Indian journal of veterinary science and animal husbandry - Volumes 18-21, 1948-1951
Year: 1948
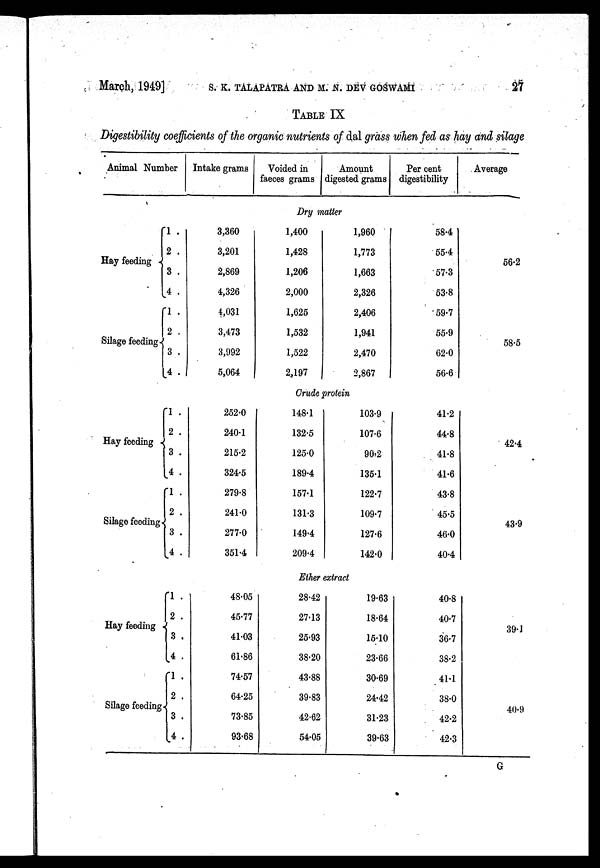
March, 1949] S. K. TALAEATRA AND M. N. DEV GOSWAMI 27
TABLE IX
Digestibility coefficients of the organic nutrients of dal grass when fed as hay and silage
Animal Number
Intake grams
Voided in
faeces grams
Amount
digested grams
Per cent
digestibility
Average
Dry matter
Hay feeding
Silage feeding
1 .
2 .
3 .
4 .
1 .
2 .
3 .
4 .
3,360
3,201
2,869
4,326
4,031
3,473
3,992
5,064
1,400
1,428
1,206
2,000
1,625
1,532
1,522
2,197
1,960
1,773
1,663
2,326
2,406
1,941
2,470
2,867
58.4
55.4
57.3
53.8
59.7
55.9
62.0
56.6
56.2
58.5
Crude protein
Hay feeding
Silage feeding
1 .
2 .
3 .
4 .
1 .
2 .
3 .
4 .
252.0
240.1
215.2
324.5
279.8
241.0
277.0
351.4
148.1
132.5
125.0
189.4
157.1
131.3
149.4
209.4
103.9
107.6
90.2
135.1
122.7
109.7
127.6
142.0
41.2
44.8
41.8
41.6
43.8
45.5
46.0
40.4
42.4
43.9
Ether extract
Hay feeding
Silage feeding
1 .
2 .
3 .
4 .
1 .
2 .
3 .
4 .
48.05
45.77
41.03
61.86
74.57
64.25
73.85
93.68
28.42
27.13
25.93
38.20
43.88
39.83
42.62
54.05
19.63
18.64
15.10
23.66
30.69
24.42
31.23
39.63
40.8
40.7
36.7
38.2
41.1
38.0
42.2
42.3
39.1
40.9
G